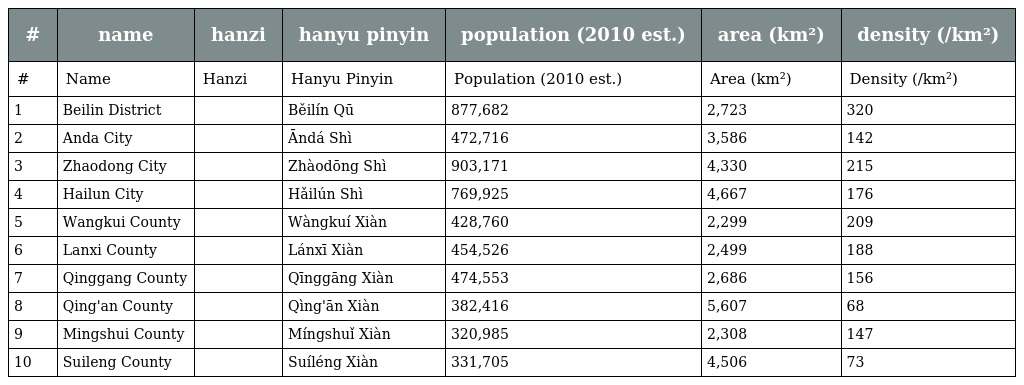
| # | name | hanzi | hanyu pinyin | population (2010 est.) | area (km²) | density (/km²) |
 | --- | --- | --- | --- | --- | --- | --- |
 | # | Name | Hanzi | Hanyu Pinyin | Population (2010 est.) | Area (km²) | Density (/km²) |
 | 1 | Beilin District | 北林区 | Běilín Qū | 877,682 | 2,723 | 320 |
 | 2 | Anda City | 安达市 | Āndá Shì | 472,716 | 3,586 | 142 |
 | 3 | Zhaodong City | 肇东市 | Zhàodōng Shì | 903,171 | 4,330 | 215 |
 | 4 | Hailun City | 海伦市 | Hǎilún Shì | 769,925 | 4,667 | 176 |
 | 5 | Wangkui County | 望奎县 | Wàngkuí Xiàn | 428,760 | 2,299 | 209 |
 | 6 | Lanxi County | 兰西县 | Lánxī Xiàn | 454,526 | 2,499 | 188 |
 | 7 | Qinggang County | 青冈县 | Qīnggāng Xiàn | 474,553 | 2,686 | 156 |
 | 8 | Qing'an County | 庆安县 | Qìng'ān Xiàn | 382,416 | 5,607 | 68 |
 | 9 | Mingshui County | 明水县 | Míngshuǐ Xiàn | 320,985 | 2,308 | 147 |
 | 10 | Suileng County | 绥棱县 | Suíléng Xiàn | 331,705 | 4,506 | 73 |